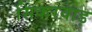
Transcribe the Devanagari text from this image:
सिकरवाड़